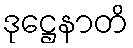
ဒုဋ္ဌေနာတိ